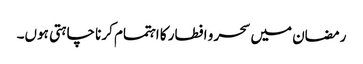
رمضان میں سحر و افطار کا اہتمام کرنا چاہتی ہوں۔